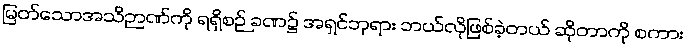
မြတ်သောအသိဉာဏ်ကို ရရှိစဉ် ခဏ၌ အရှင်ဘုရား ဘယ်လိုဖြစ်ခဲ့တယ် ဆိုတာကို စကား